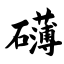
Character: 礴